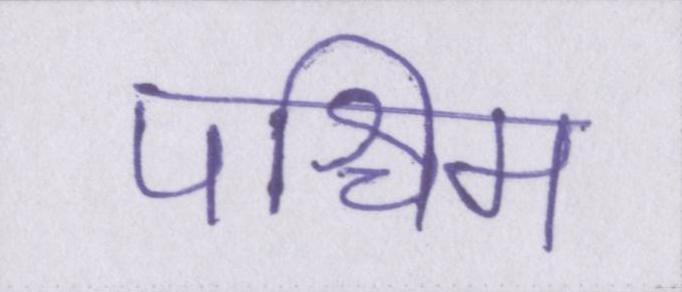
पश्चिम